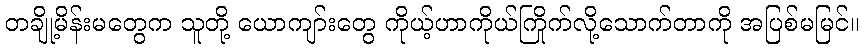
တချို့မိန်းမတွေက သူတို့ ယောကျာ်းတွေ ကိုယ့်ဟာကိုယ်ကြိုက်လို့သောက်တာကို အပြစ်မမြင်။